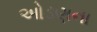
ઓડણના